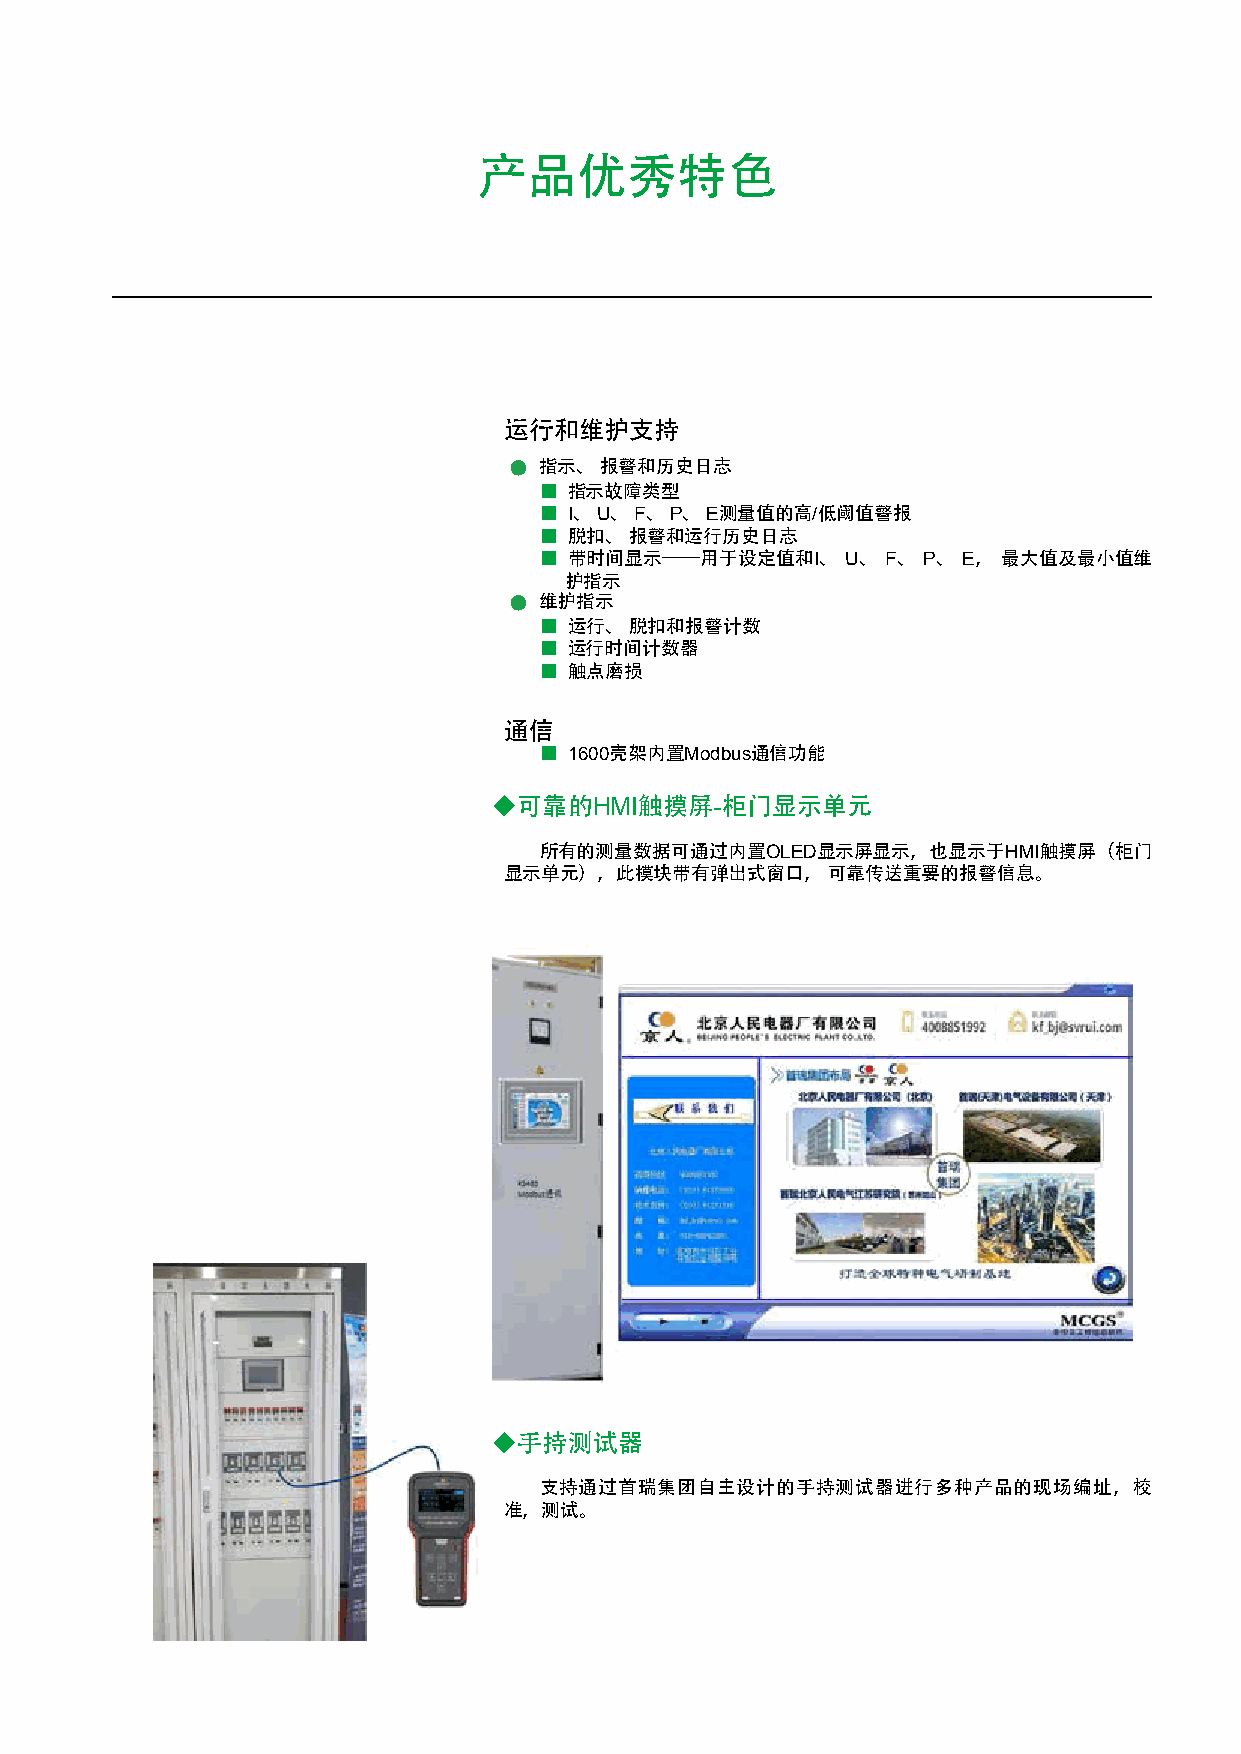
产品优秀特色
 运行和维护支持
 ● 指示、报警和历史日志
 ■ 指示故障类型
 ■ I、 U、 F、 P、 E测量值的高/低阈值警报
 ■ 脱扣、 报警和运行历史日志
 ■ 带时间显示——用于设定值和I、   U、 F、 P、 E， 最大值及最小值维
 护指示
 ● 维护指示
 ■ 运行、 脱扣和报警计数
 ■ 运行时间计数器
 ■ 触点磨损
 通信
 ■ 1600壳架内置Modbus通信功能
 ◆可靠的HMI触摸屏-柜门显示单元
 所有的测量数据可通过内置OLED显示屏显示，也显示于HMI触摸屏（柜门
 显示单元），此模块带有弹出式窗口，     可靠传送重要的报警信息。
 ◆手持测试器
 支持通过首瑞集团自主设计的手持测试器进行多种产品的现场编址，校
 准，测试。